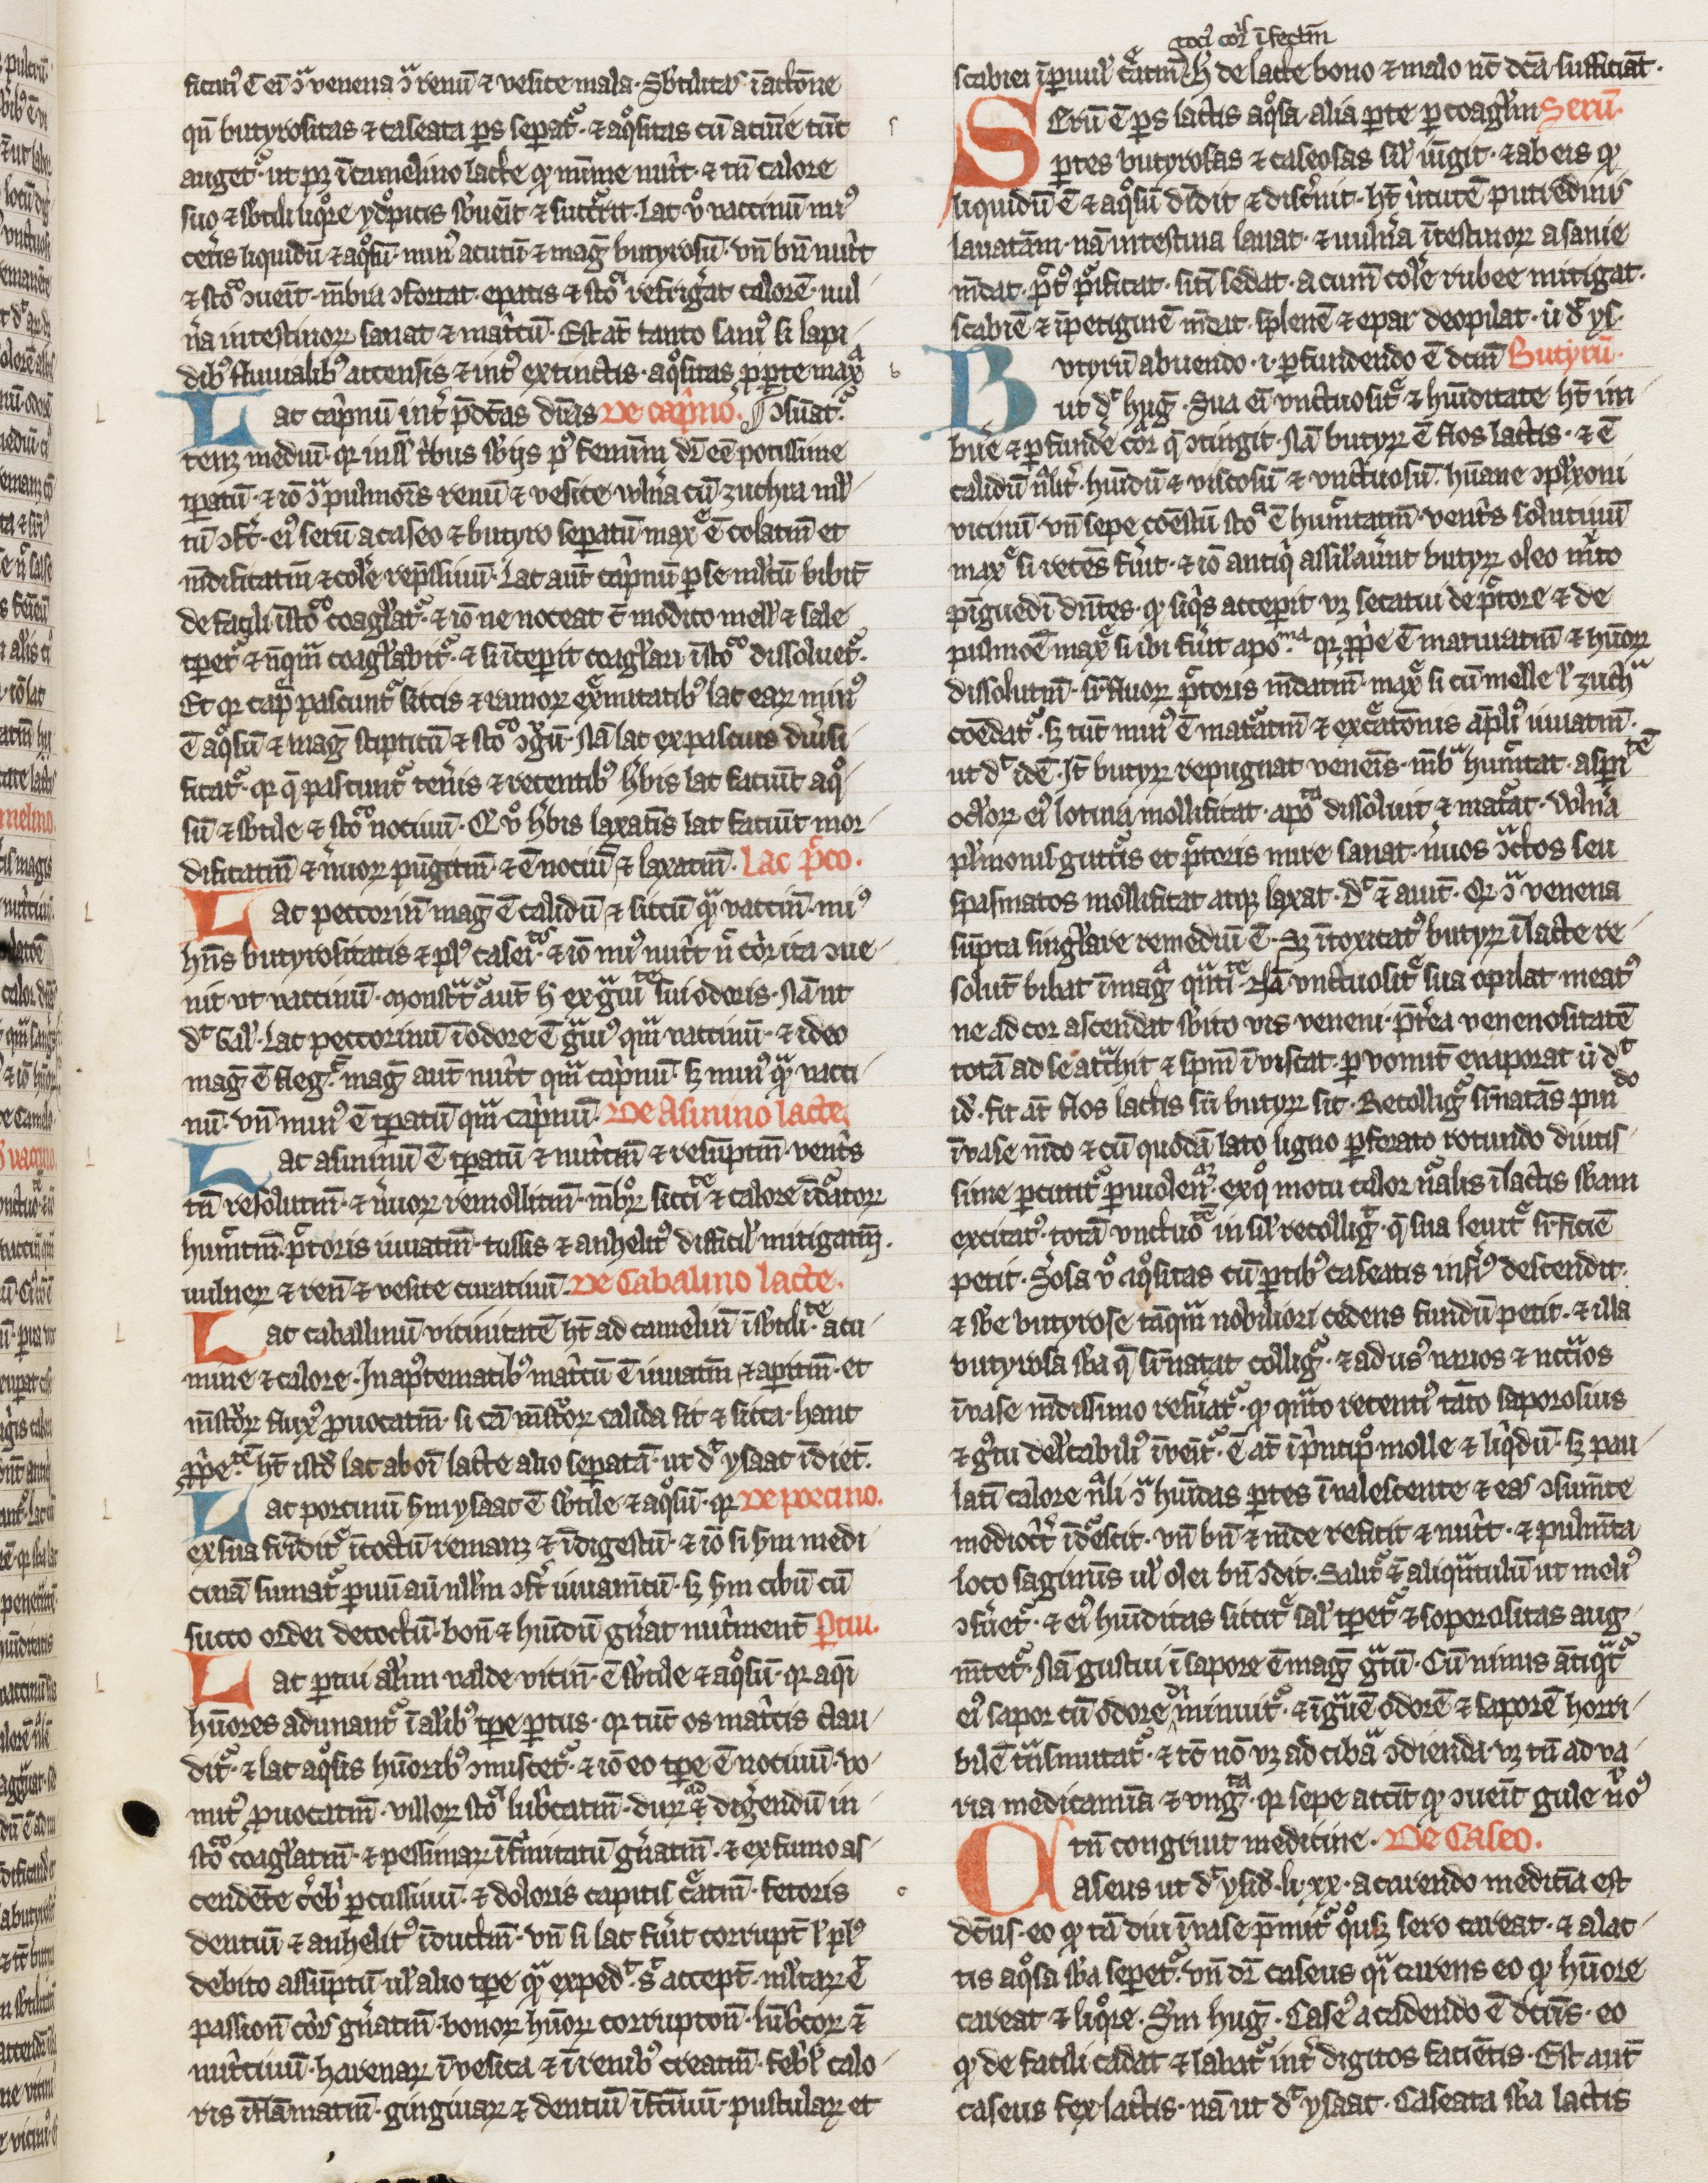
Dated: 1300–1399